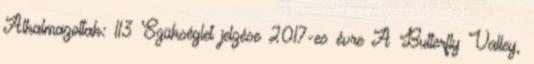
Alkalmazottak: 113 Szükséglet jelzése 2017-es évre A Butterfly Valley,